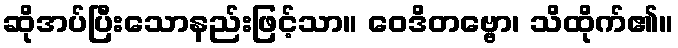
ဆိုအပ်ပြီးသောနည်းဖြင့်သာ။ ဝေဒိတဗ္ဗော၊ သိထိုက်၏။